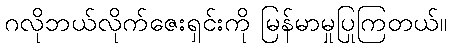
ဂလိုဘယ်လိုက်ဇေးရှင်းကို မြန်မာမှုပြုကြတယ်။